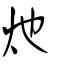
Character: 灺